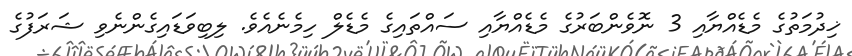
ޚިދުމަތުގެ މެޑެއްޔާއި 3 ނޮވެންބަރުގެ މެޑެއްޔާއި ސައްތައިގެ މެޑެލް ހިމެނެއެވެ. ލިބިވަޑައިގެންނެވި ޝަރަފުގެ